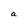
Character: a